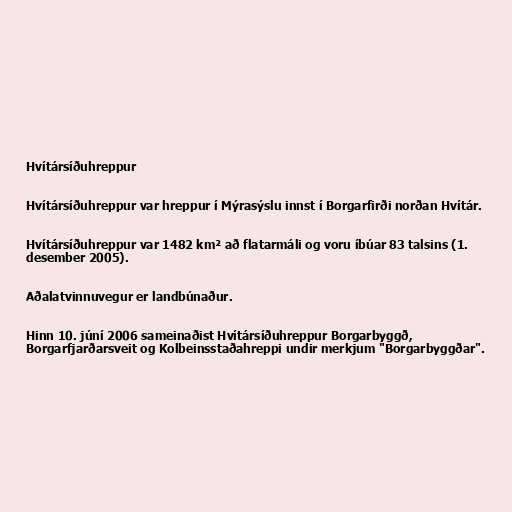
Hvítársíðuhreppur

Hvítársíðuhreppur var hreppur í Mýrasýslu innst í Borgarfirði norðan Hvítár.

Hvítársíðuhreppur var 1482 km² að flatarmáli og voru íbúar 83 talsins (1.
desember 2005).

Aðalatvinnuvegur er landbúnaður.

Hinn 10. júní 2006 sameinaðist Hvítársíðuhreppur Borgarbyggð,
Borgarfjarðarsveit og Kolbeinsstaðahreppi undir merkjum "Borgarbyggðar".